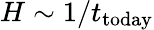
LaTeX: H\sim 1/t_{\mathrm{today}}